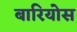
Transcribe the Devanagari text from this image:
बारियोस